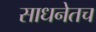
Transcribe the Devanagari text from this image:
साधनेतच